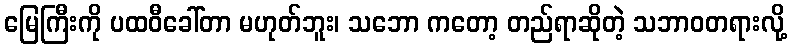
မြေကြီးကို ပထဝီခေါ်တာ မဟုတ်ဘူး၊ သဘော ကတော့ တည်ရာဆိုတဲ့ သဘာဝတရားလို့